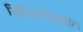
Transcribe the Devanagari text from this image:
विविधतेमधील